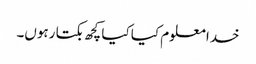
خدا معلوم کیا کیا کچھ بکتا رہوں۔